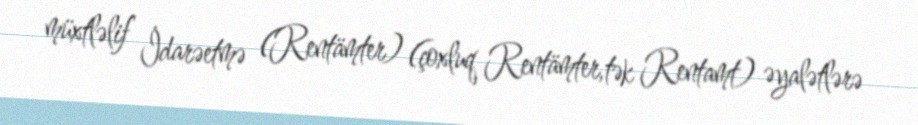
müxtləlif İdarəetmə (Rentämter) (çoxluq Rentämter,tək Rentamt) əyalətlərə